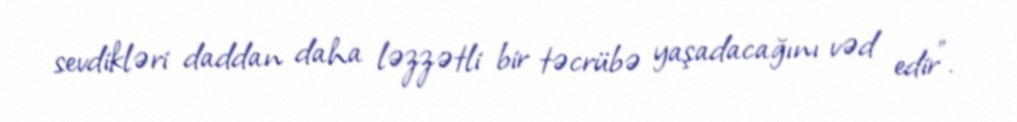
sevdikləri daddan daha ləzzətli bir təcrübə yaşadacağını vəd edir”.